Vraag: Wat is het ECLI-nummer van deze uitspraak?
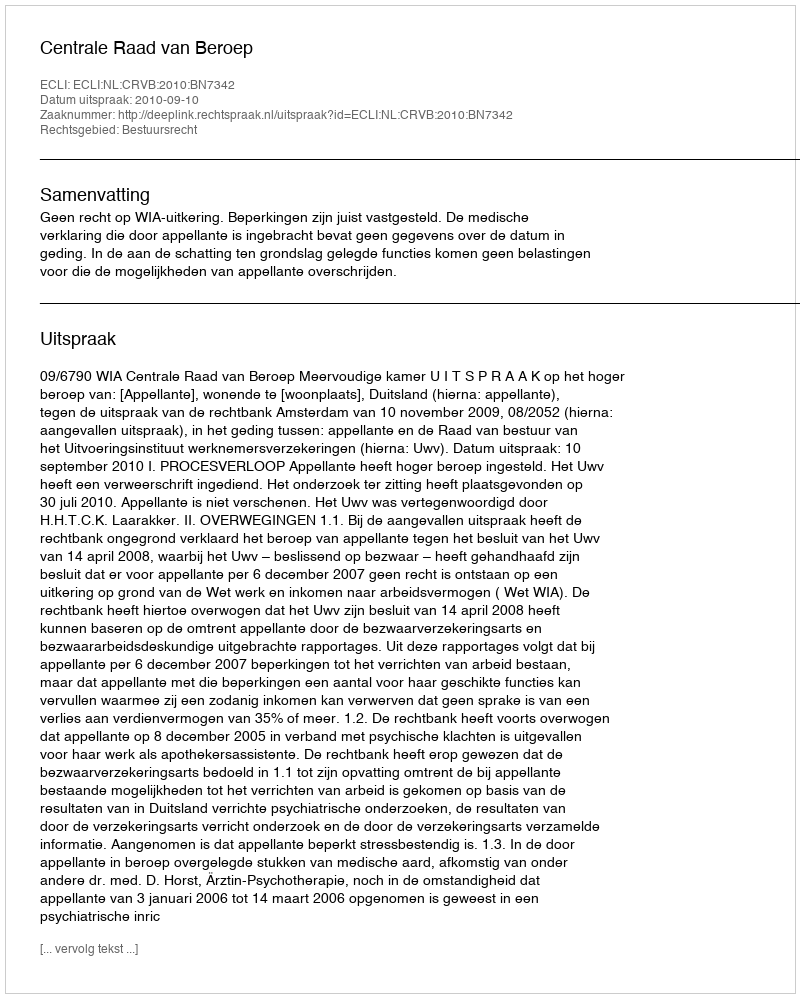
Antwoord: ECLI:NL:CRVB:2010:BN7342